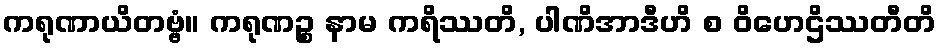
ကရုဏာယိတဗ္ဗံ။ ကရုဏဉ္စ နာမ ကရိဿတိ, ပါဏိအာဒီဟိ စ ဝိဟေဌိဿတီတိ